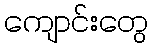
ကျောင်းတွေ